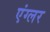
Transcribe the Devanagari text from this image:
एंग्लर